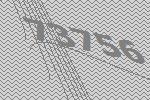
73756